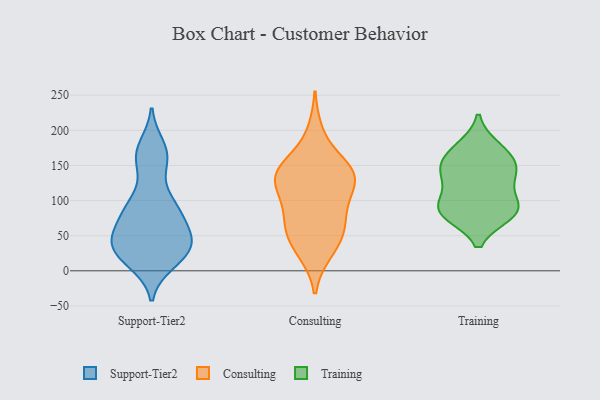
{"axis": {"x": "Market Share (%)", "y": "Value"}, "legend": ["Consulting", "Support-Tier2", "Training"], "data": [{"x": "", "y": 147, "type": "Support-Tier2"}, {"x": "", "y": 11, "type": "Support-Tier2"}, {"x": "", "y": 45, "type": "Support-Tier2"}, {"x": "", "y": 46, "type": "Support-Tier2"}, {"x": "", "y": 32, "type": "Support-Tier2"}, {"x": "", "y": 26, "type": "Support-Tier2"}, {"x": "", "y": 89, "type": "Support-Tier2"}, {"x": "", "y": 22, "type": "Support-Tier2"}, {"x": "", "y": 166, "type": "Support-Tier2"}, {"x": "", "y": 86, "type": "Support-Tier2"}, {"x": "", "y": 94, "type": "Support-Tier2"}, {"x": "", "y": 75, "type": "Support-Tier2"}, {"x": "", "y": 53, "type": "Support-Tier2"}, {"x": "", "y": 47, "type": "Support-Tier2"}, {"x": "", "y": 178, "type": "Support-Tier2"}, {"x": "", "y": 15, "type": "Support-Tier2"}, {"x": "", "y": 163, "type": "Support-Tier2"}, {"x": "", "y": 42, "type": "Support-Tier2"}, {"x": "", "y": 96, "type": "Support-Tier2"}, {"x": "", "y": 197, "type": "Consulting"}, {"x": "", "y": 29, "type": "Consulting"}, {"x": "", "y": 26, "type": "Consulting"}, {"x": "", "y": 145, "type": "Consulting"}, {"x": "", "y": 139, "type": "Consulting"}, {"x": "", "y": 147, "type": "Consulting"}, {"x": "", "y": 57, "type": "Consulting"}, {"x": "", "y": 110, "type": "Consulting"}, {"x": "", "y": 84, "type": "Consulting"}, {"x": "", "y": 128, "type": "Consulting"}, {"x": "", "y": 58, "type": "Consulting"}, {"x": "", "y": 55, "type": "Consulting"}, {"x": "", "y": 107, "type": "Consulting"}, {"x": "", "y": 74, "type": "Consulting"}, {"x": "", "y": 150, "type": "Consulting"}, {"x": "", "y": 134, "type": "Consulting"}, {"x": "", "y": 130, "type": "Consulting"}, {"x": "", "y": 86, "type": "Training"}, {"x": "", "y": 96, "type": "Training"}, {"x": "", "y": 87, "type": "Training"}, {"x": "", "y": 138, "type": "Training"}, {"x": "", "y": 167, "type": "Training"}, {"x": "", "y": 175, "type": "Training"}, {"x": "", "y": 84, "type": "Training"}, {"x": "", "y": 132, "type": "Training"}, {"x": "", "y": 156, "type": "Training"}, {"x": "", "y": 139, "type": "Training"}, {"x": "", "y": 81, "type": "Training"}]}